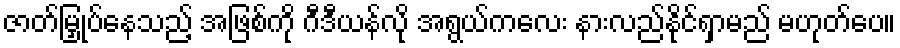
ဇာတ်မြှုပ်နေသည့် အဖြစ်ကို ဂီဒီယန်လို အရွယ်ကလေး နားလည်နိုင်ရှာမည် မဟုတ်ပေ။